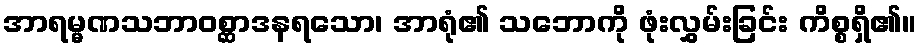
အာရမ္မဏသဘာဝစ္ဆာဒနရသော၊ အာရုံ၏ သဘောကို ဖုံးလွှမ်းခြင်း ကိစ္စရှိ၏။